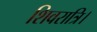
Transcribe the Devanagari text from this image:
शिवरात्रि।